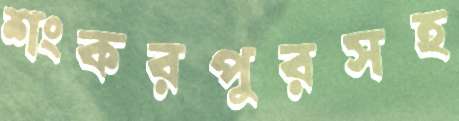
শংকরপুরসহ